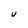
Character: V